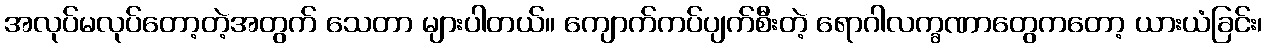
အလုပ်မလုပ်တော့တဲ့အတွက် သေတာ များပါတယ်။ ကျောက်ကပ်ပျက်စီးတဲ့ ရောဂါလက္ခဏာတွေကတော့ ယားယံခြင်း၊